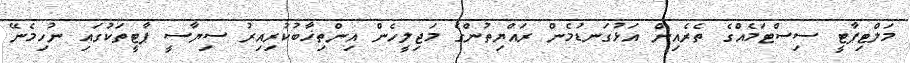
މަލްޓިޕާޓީ ސިސްޓަމެއްގެ ތެރެއިން އަޅުގަނޑުމެން ރައްޔިތުންގެ މަޖިލީހެން އިންތިޚާބުކުރިއިރު ސިޔާސީ ޕާޓީތަކުގައި ނުހިމެނޭ